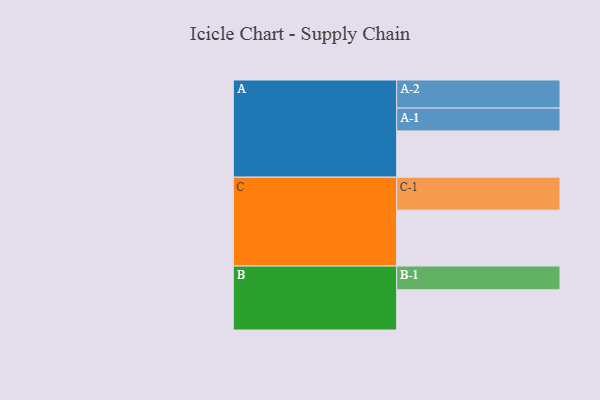
{"axis": {"x": "Segment", "y": "Value"}, "legend": ["", "A", "B", "C"], "data": [{"x": "A", "y": 372, "type": ""}, {"x": "B", "y": 323, "type": ""}, {"x": "C", "y": 449, "type": ""}, {"x": "A-1", "y": 183, "type": "A"}, {"x": "A-2", "y": 226, "type": "A"}, {"x": "B-1", "y": 191, "type": "B"}, {"x": "C-1", "y": 265, "type": "C"}]}